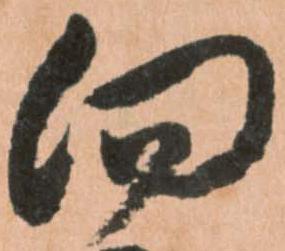
向